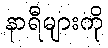
နာရီများကို